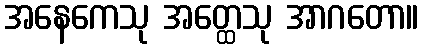
အနေကေသု အတ္ထေသု အာဂတော။